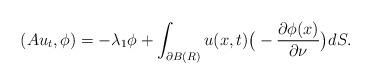
LaTeX: \begin{align*}(Au_{t},\phi)=-\lambda_{1}\phi+\int_{\partial B(R)}u(x,t)\big(-\frac{\partial \phi(x)}{\partial \nu}\big)dS.\end{align*}